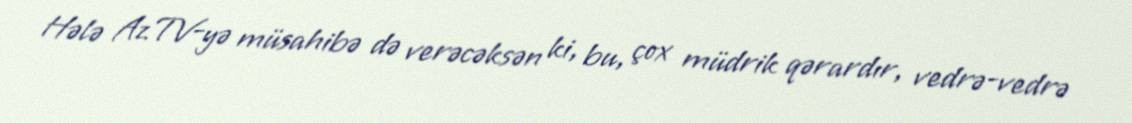
Hələ AzTV-yə müsahibə də verəcəksən ki, bu, çox müdrik qərardır, vedrə-vedrə